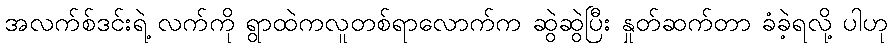
အလက်စ်ဒင်းရဲ့ လက်ကို ရွာထဲကလူတစ်ရာလောက်က ဆွဲဆွဲပြီး နှုတ်ဆက်တာ ခံခဲ့ရလို့ ပါဟု